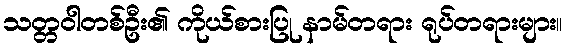
သတ္တဝါတစ်ဦး၏ ကိုယ်စားပြု နာမ်တရား ရုပ်တရားများ။